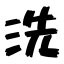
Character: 洗